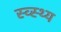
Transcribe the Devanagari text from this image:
स्व्स्थ्य